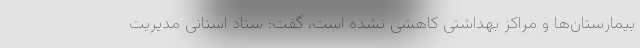
بیمارستان‌ها و مراکز بهداشتی کاهشی نشده است، گفت: ستاد استانی مدیریت